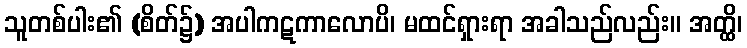
သူတစ်ပါး၏ (စိတ်၌) အပါကဋကာလောပိ၊ မထင်ရှားရာ အခါသည်လည်း။ အတ္ထိ၊